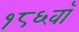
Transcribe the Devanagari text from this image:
१८६वॉ